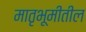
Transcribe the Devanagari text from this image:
मातृभूमीतील